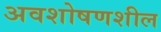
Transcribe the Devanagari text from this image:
अवशोषणशील